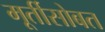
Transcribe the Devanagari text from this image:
मूर्तीसोबत